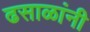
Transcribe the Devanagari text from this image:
ढसाळांनी